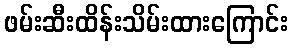
ဖမ်းဆီးထိန်းသိမ်းထားကြောင်း